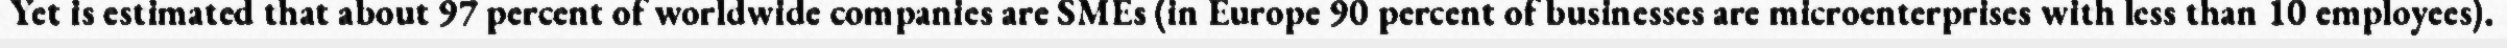
Yet is estimated that about 97 percent of worldwide companies are SMEs (in Europe 90 percent of businesses are microenterprises with less than 10 employees).